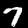
Label: 7